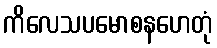
ကိလေသပမောစနဟေတုံ